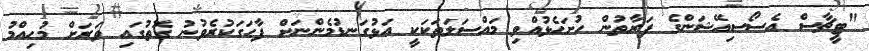
"ޓީޗާސް އެސޯސިއޭޝަންގެ ފަރާތުން ހުށަހެޅުއްވި މައްސަލަތަކަކީ އަޅުގަނޑުމެންނަށް ފާހަގަކުރެވުނު ގޮތުގައި ވަރަށް މުހިއްމު